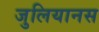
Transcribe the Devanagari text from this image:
जुलियानस